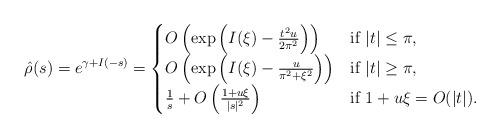
LaTeX: \begin{align*}\hat{\rho}(s) =e^{\gamma+I(-s)}= \begin{cases} O\left(\exp\left(I(\xi)-\frac{t^2u}{2\pi^2}\right)\right) & \mbox{if }|t| \le \pi,\\O\left(\exp\left(I(\xi)-\frac{u}{\pi^2+\xi^2}\right)\right) & \mbox{if }|t| \ge \pi,\\\frac{1}{s} + O\left( \frac{1+u \xi }{|s|^2} \right) & \mbox{if }1+u\xi=O(|t|).\end{cases}\end{align*}